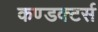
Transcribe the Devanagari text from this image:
कण्डक्टर्स